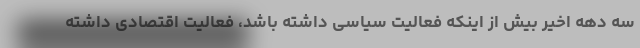
سه دهه اخیر بیش از اینکه فعالیت سیاسی داشته باشد، فعالیت اقتصادی داشته